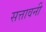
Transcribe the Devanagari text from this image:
सत्तावनी